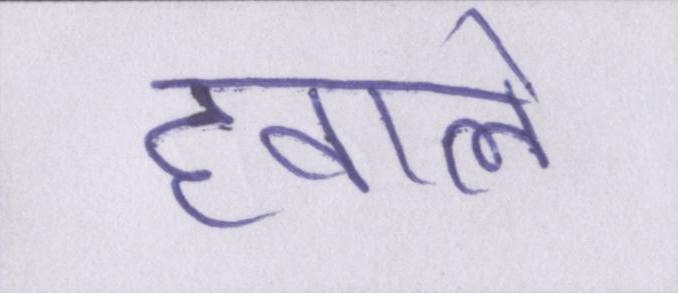
हवाले